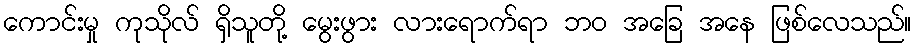
ကောင်းမှု ကုသိုလ် ရှိသူတို့ မွေးဖွား လားရောက်ရာ ဘဝ အခြေ အနေ ဖြစ်လေသည်။